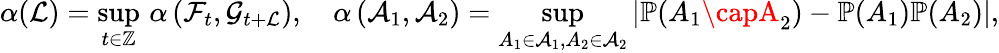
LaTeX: \alpha(\mathcal{L})=\underset{t\in\mathbb{{Z}}}{\operatorname*{sup}}\, \alpha\left(\mathcal{{F}}_{t},\mathcal{{G}}_{t+\mathcal{L}}\right),\quad\alpha\left(\mathcal{{A}}_{1},\mathcal{{A}}_{2}\right)=\underset{A_{1}\in\mathcal{{A}}_{1},A_{2}\in\mathcal{{A}}_{2}}{\operatorname*{sup}}\left|\mathbb{{P}}(A_{1}\capA_{2})-\mathbb{{P}}(A_{1})\mathbb{{P}}(A_{2})\right|,